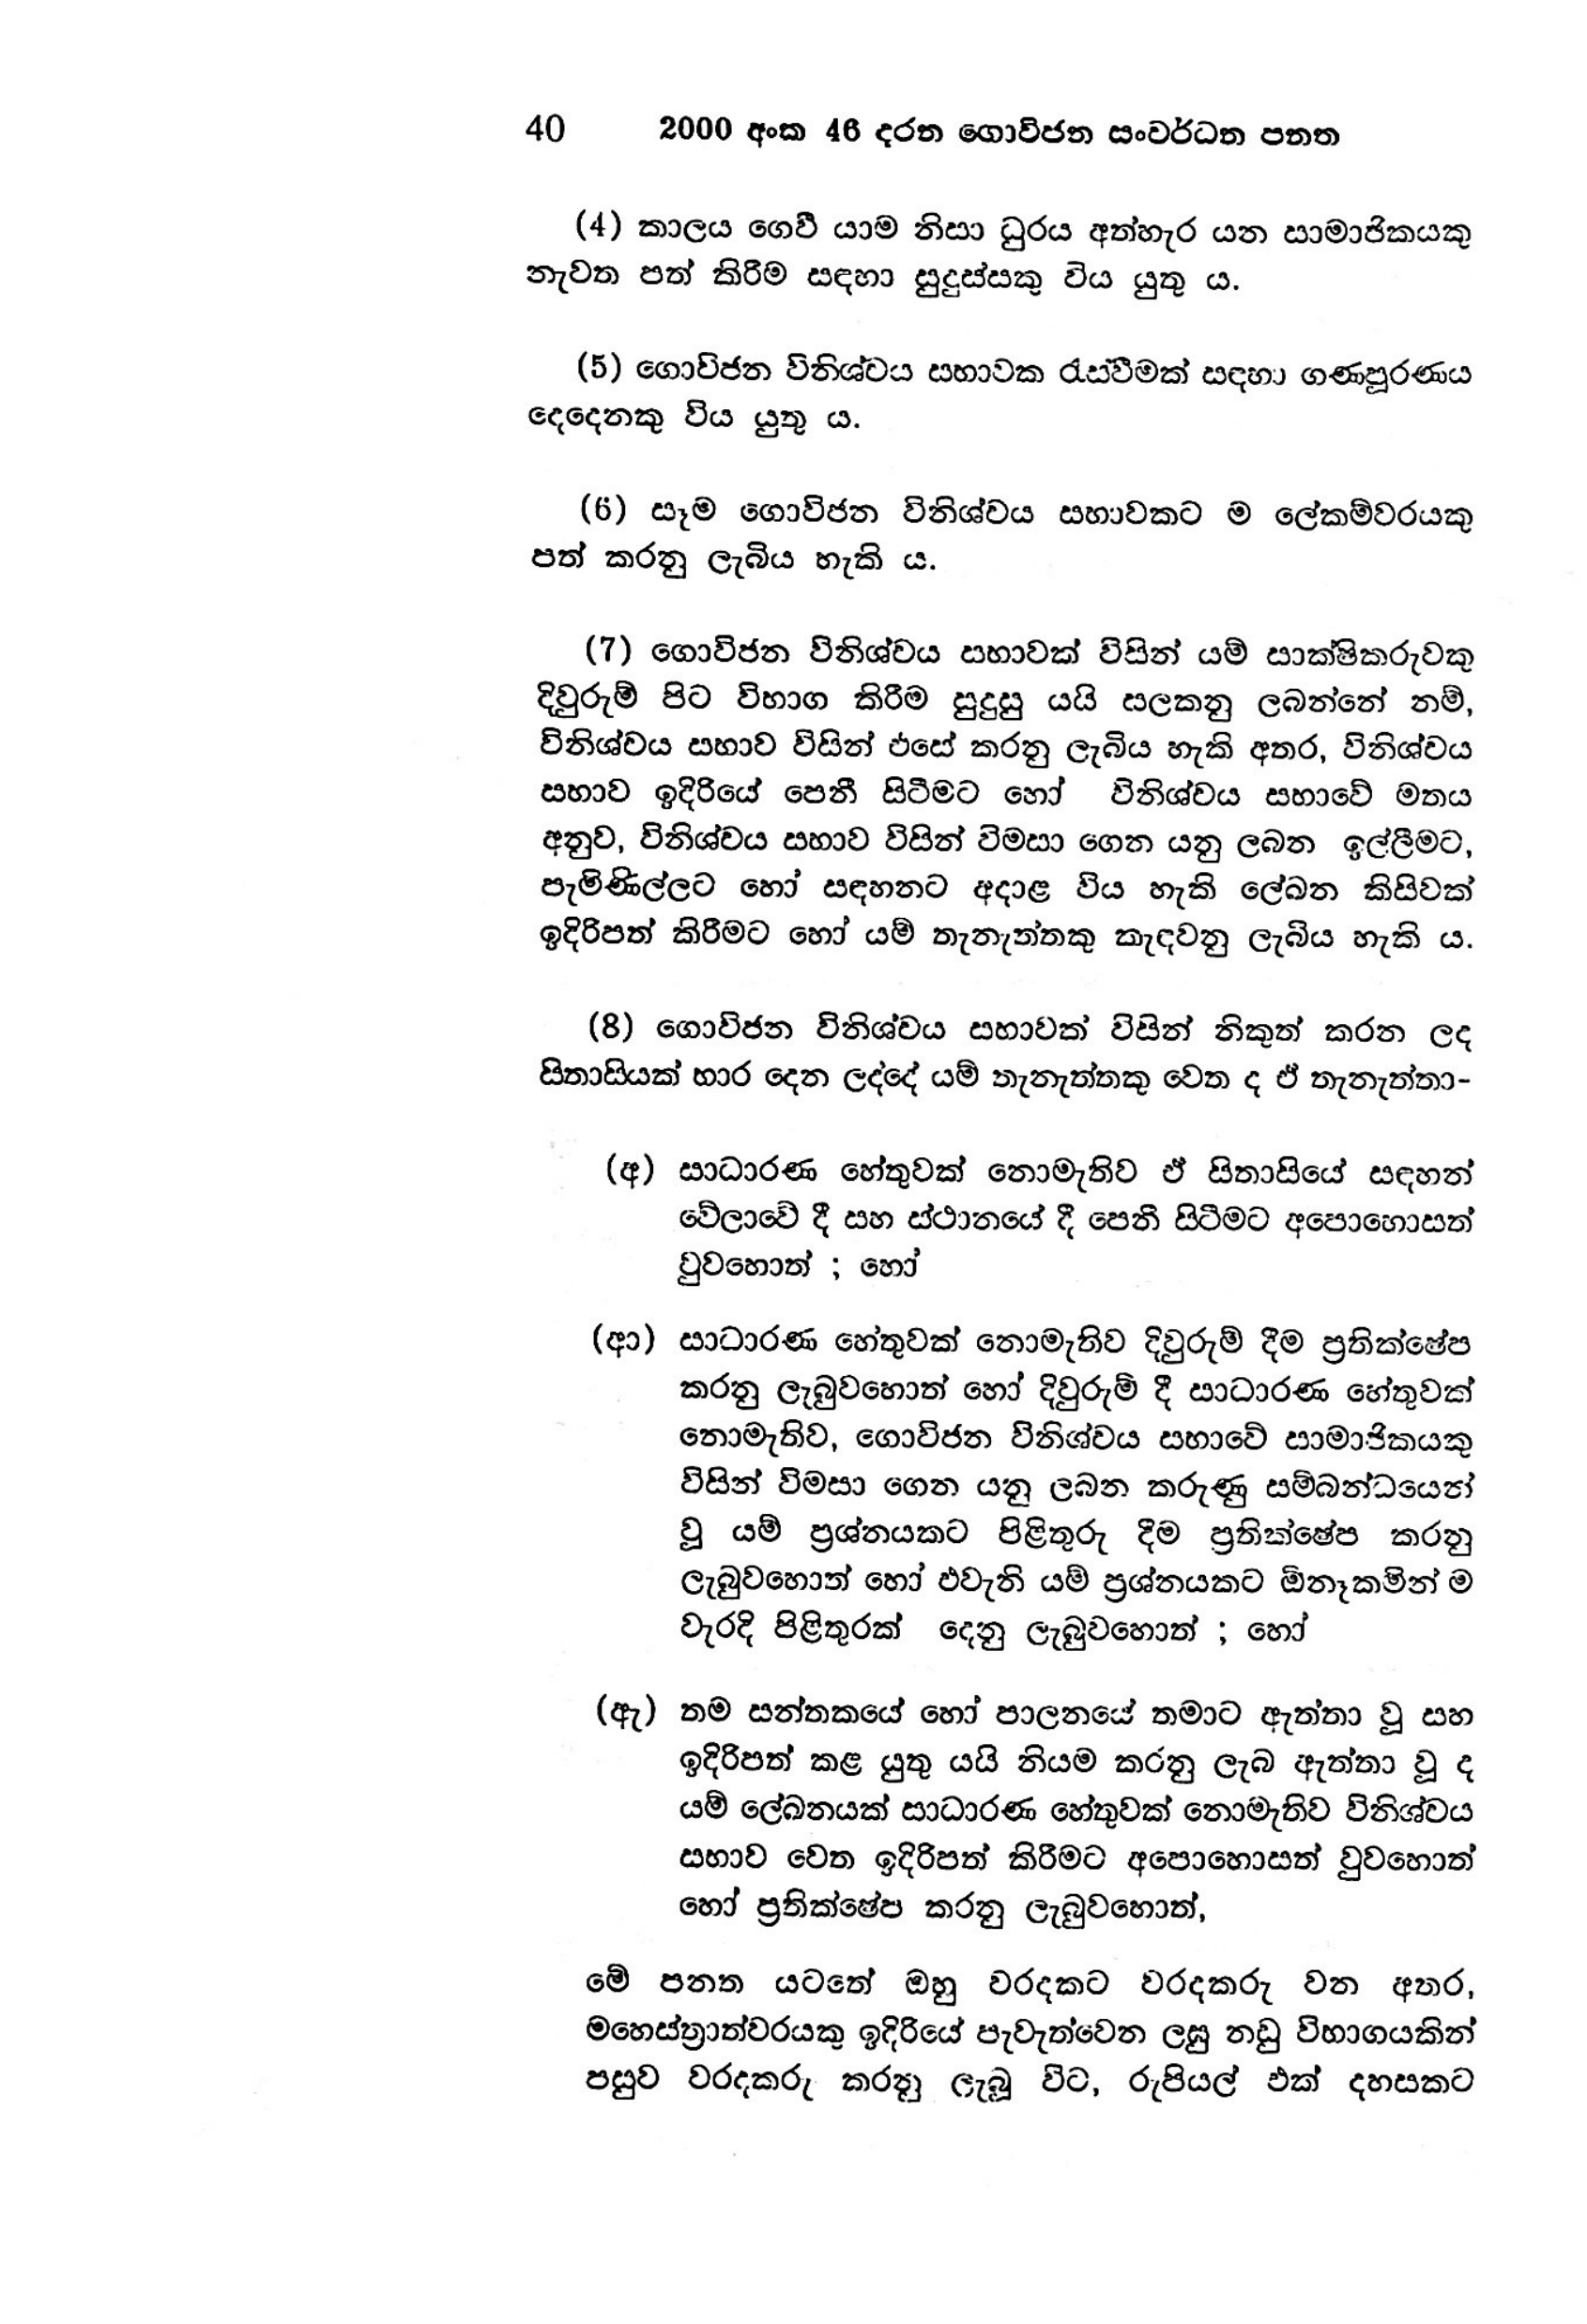
40 2000 අංක 46 දරන ගොවිජන සංවර්ධන පනත

(4) කාලය ගෙවී යාම නිසා ධුරය අත්හැර යන සාමාජිකයකු
නැවත පත් කිරීම සඳහා සුදුස්සකු විය යුතු ය.

(5) ගොවිජන විනිශ්චය සභාවක රැස්වීමක් සඳහා ගණපූරණය
දෙදෙනෙකු විය යුතු ය.

(6) සෑම ගොවිජන විනිශ්චය සභාවකට ම ලේකම්වරයකු
පත් කරනු ලැබිය හැකි ය.

(7) ගොවිජන විනිශ්චය සභාවක් විසින් යම් සාක්ෂිකරුවකු
දිවුරුම් පිට විභාග කිරීම සුදුසු යයි සලකනු ලබන්නේ නම්,
විනිශ්චය සභාව විසින් එසේ කරනු ලැබිය හැකි අතර, විනිශ්චය
සභාව ඉදිරියේ පෙනී සිටීමට හෝ විනිශ්චය සභාවේ මතය
අනුව, විනිශ්චය සභාව විසින් විමසා ගෙන යනු ලබන ඉල්ලීමට,
පැමිණිල්ලට හෝ සඳහනට අදාළ විය හැකි ලේඛන කිසිවක්
ඉදිරිපත් කිරීමට හෝ යම් තැනැත්තකු කැඳවනු ලැබිය හැකි ය.

(8) ගොවිජන විනිශ්චය සභාවක් විසින් නිකුත් කරන ලද
සිතාසියක් භාර දෙන ලද්දේ යම් තැනැත්තකු වෙත ද ඒ තැනැත්තා-

(අ) සාධාරණ හේතුවක් නොමැතිව ඒ සිතාසියේ සඳහන්
වේලාවේ දී සහ ස්ථානයේ දී පෙනී සිටීමට අපොහොසත්
වුවහොත් ; හෝ

(ආ) සාධාරණ හේතුවක් නොමැතිව දිවුරුම් දීම ප්‍රතික්ෂේප
කරනු ලැබුවහොත් හෝ දිවුරුම් දී සාධාරණ හේතුවක්
නොමැතිව, ගොවිජන විනිශ්චය සභාවේ සාමාජිකයකු
විසින් විමසා ගෙන යනු ලබන කරුණු සම්බන්ධයෙන්
වූ යම් ප්‍රශ්නයකට පිළිතුරු දීම ප්‍රතික්ෂේප කරනු
ලැබුවහොත් හෝ එවැනි යම් ප්‍රශ්නයකට ඕනෑකමින් ම
වැරදි පිළිතුරක් දෙනු ලැබුවහොත් ; හෝ

(ඇ) තම සන්තකයේ හෝ පාලනයේ තමාට ඇත්තා වූ සහ
ඉදිරිපත් කළ යුතු යයි නියම කරනු ලැබ ඇත්තා වූ ද
යම් ලේඛනයක් සාධාරණ හේතුවක් නොමැතිව විනිශ්චය
සභාව වෙත ඉදිරිපත් කිරීමට අපොහොසත් වුවහොත්
හෝ ප්‍රතික්ෂේප කරනු ලැබුවහොත්,

මේ පනත යටතේ ඔහු වරදකට වරදකරු වන අතර,
මහෙස්ත්‍රාත්වරයකු ඉදිරියේ පැවැත්වෙන ලඝු නඩු විභාගයකින්
පසුව වරදකරු කරනු ලැබූ විට, රුපියල් එක් දහසකට